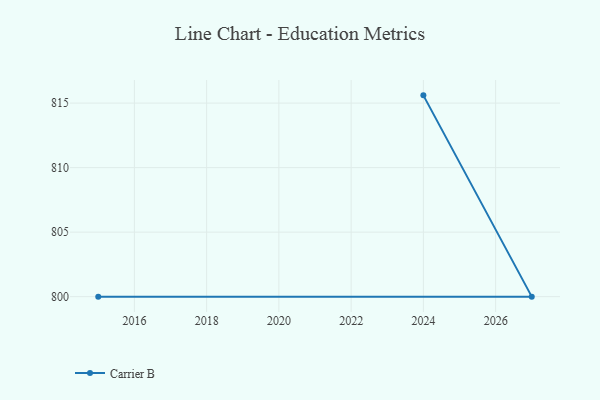
{"axis": {"x": "Year", "y": "Latency (ms)"}, "legend": ["Carrier B"], "data": [{"x": "2024", "y": 815.6, "type": "Carrier B"}, {"x": "2027", "y": 800, "type": "Carrier B"}, {"x": "2015", "y": 800, "type": "Carrier B"}]}